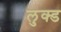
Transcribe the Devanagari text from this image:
लुक्ड